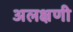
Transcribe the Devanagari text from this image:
अलक्षणी